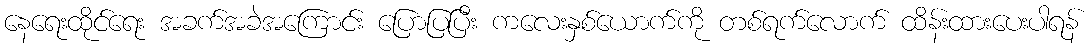
နေရေးထိုင်ရေး အခက်အခဲအကြောင်း ပြောပြပြီး ကလေးနှစ်ယောက်ကို တစ်ရက်လောက် ထိန်းထားပေးပါရန်